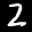
Label: 2